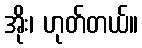
အိုး၊ ဟုတ်တယ်။